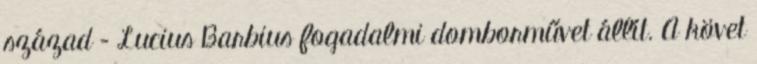
század – Lucius Barbius fogadalmi domborművet állít. A követ